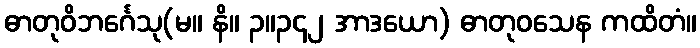
ဓာတုဝိဘင်္ဂေသု(မ။ နိ။ ၃။၃၄၂ အာဒယော) ဓာတုဝသေန ကထိတံ။